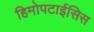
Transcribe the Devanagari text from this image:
हिमोपटाईसिस